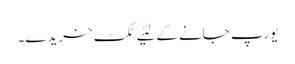
یورپ جانے کے لئیے ٹکٹ خریدے۔